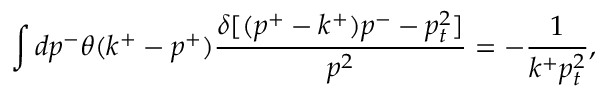
\int d p ^ { - } \theta ( k ^ { + } - p ^ { + } ) { \frac { \delta [ ( p ^ { + } - k ^ { + } ) p ^ { - } - p _ { t } ^ { 2 } ] } { p ^ { 2 } } } = - { \frac { 1 } { k ^ { + } p _ { t } ^ { 2 } } } ,